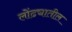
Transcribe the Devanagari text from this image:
लोंढ्यातील